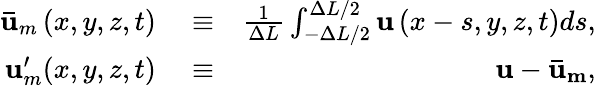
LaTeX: \begin{array}{rlr}{\mathbf{\bar{u}}_{m}\left(x,y,z,t\right)}&{{}\equiv}&{\frac{1}{\Delta L}\int_{-\Delta L/2}^{\Delta L/2}{\mathbf{u}\left(x-s,y,z,t\right)ds},}\\ {\mathbf{u}_{m}^{\prime}(x,y,z,t)}&{{}\equiv}&{\mathbf{u}-\mathbf{\bar{u}_{m}},}\end{array}